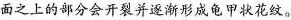
面之上的部分会开裂并逐渐形成龟甲状花纹。